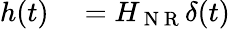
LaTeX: \begin{array}{r}{\begin{array}{rl}{h(t)}&{{}=H_{\mathrm{~N~R~}}\delta(t)}\end{array}}\end{array}